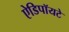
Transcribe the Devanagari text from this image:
ऐडिपॉयटे